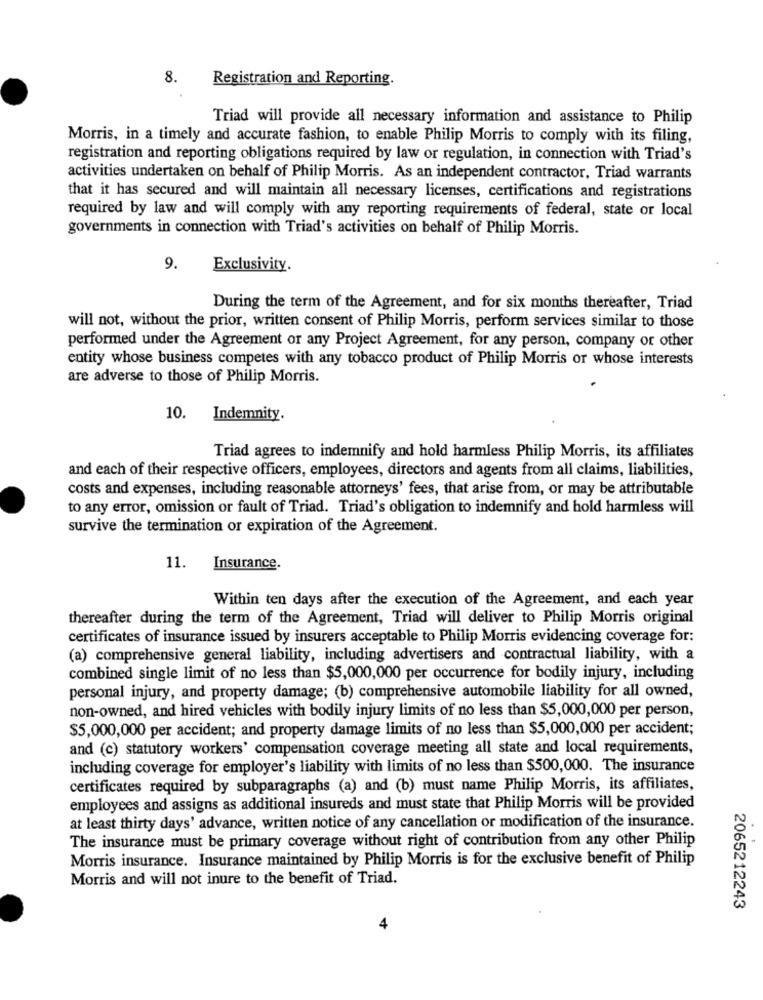
8.
Registration and Reporting.
Triad will provide all necessary information and assistance to Philip
Morris, in a timely and accurate fashion, to enable Philip Morris to comply with its filing,
registration and reporting obligations required by law or regulation, in connection with Triad's
activities undertaken on behalf of Philip Morris. As an independent contractor, Triad warrants
that it has secured and will maintain all necessary licenses, certifications and registrations
required by law and will comply with any reporting requirements of federal, state or local
governments in connection with Triad's activities on behalf of Philip Morris.
9.
Exclusivity.
During the term of the Agreement, and for six months thereafter, Triad
will not, without the prior, written consent of Philip Morris, perform services similar to those
performed under the Agreement or any Project Agreement, for any person, company or other
entity whose business competes with any tobacco product of Philip Morris or whose interests
are adverse to those of Philip Morris.
10. Indemnity.
Triad agrees to indemnify and hold harmless Philip Morris, its affiliates
and each of their respective officers, employees, directors and agents from all claims, liabilities,
costs and expenses, including reasonable attorneys' fees, that arise from, or may be attributable
to any error, omission or fault of Triad. Triad's obligation to indemnify and hold harmless will
survive the termination or expiration of the Agreement.
11.
Insurance.
Within ten days after the execution of the Agreement, and each year
thereafter during the term of the Agreement, Triad will deliver to Philip Morris original
certificates of insurance issued by insurers acceptable to Philip Morris evidencing coverage for:
(a) comprehensive general liability, including advertisers and contractual liability, with a
combined single limit of no less than $5,000,000 per occurrence for bodily injury, including
personal injury, and property damage; (b) comprehensive automobile liability for all owned,
non-owned, and hired vehicles with bodily injury limits of no less than $5,000,000 per person,
$5,000,000 per accident; and property damage limits of no less than $5,000,000 per accident;
and (c) statutory workers' compensation coverage meeting all state and local requirements,
including coverage for employer's liability with limits of no less than $500,000. The insurance
certificates required by subparagraphs (a) and (b) must name Philip Morris, its affiliates,
employees and assigns as additional insureds and must state that Philip Morris will be provided
at least thirty days' advance, written notice of any cancellation or modification of the insurance.
The insurance must be primary coverage without right of contribution from any other Philip
Morris insurance. Insurance maintained by Philip Morris is for the exclusive benefit of Philip
Morris and will not inure to the benefit of Triad.
2065212243
4